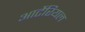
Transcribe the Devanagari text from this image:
आर्टेरियल